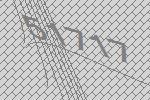
51717